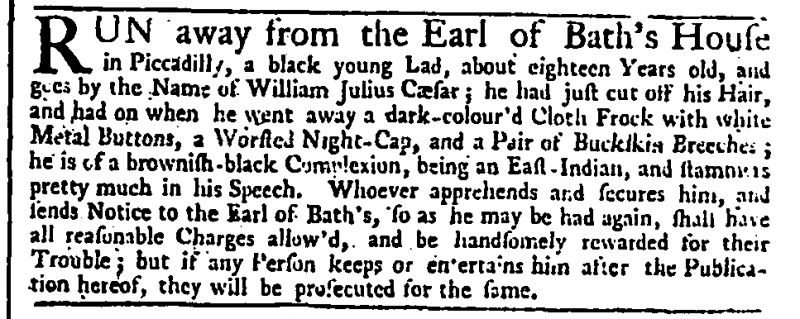
Daily Advertiser, 18 September 1745 (England)
RUN away from the Earl of Bath’s House in Piccadilly, a black young Lad, about eighteen Years old, and goes by the Name of William Julius Cæsar; he had just cut off his Hair, and had on when he went away a dark-colour’d Cloth Frock with white Metal Buttons, a Worsted Night-Cap, and a Pair of Buckskin Breeches; he is of a brownish-black Complexion, being an East-Indian, and stammers pretty much in his Speech. Whoever apprehends and secures him, and sends Notice to the Earl of Bath’s, so as he may be had again, shall have all reasonable Charges allow’d, and be handsomely rewarded for their Trouble; but if any Person keeps or entertains him after the Publication hereof, they will be prosecuted for the same.